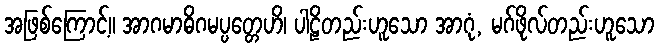
အဖြစ်ကြောင့်။ အာဂမာဓိဂမပ္ပတ္တေဟိ၊ ပါဠိတည်းဟူသော အာဂုံ, မဂ်ဖိုလ်တည်းဟူသော